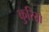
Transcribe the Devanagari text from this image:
कुरियो